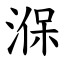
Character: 湺